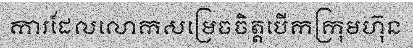
ការដែលលោកសម្រេចចិត្តបើកក្រុមហ៊ុន